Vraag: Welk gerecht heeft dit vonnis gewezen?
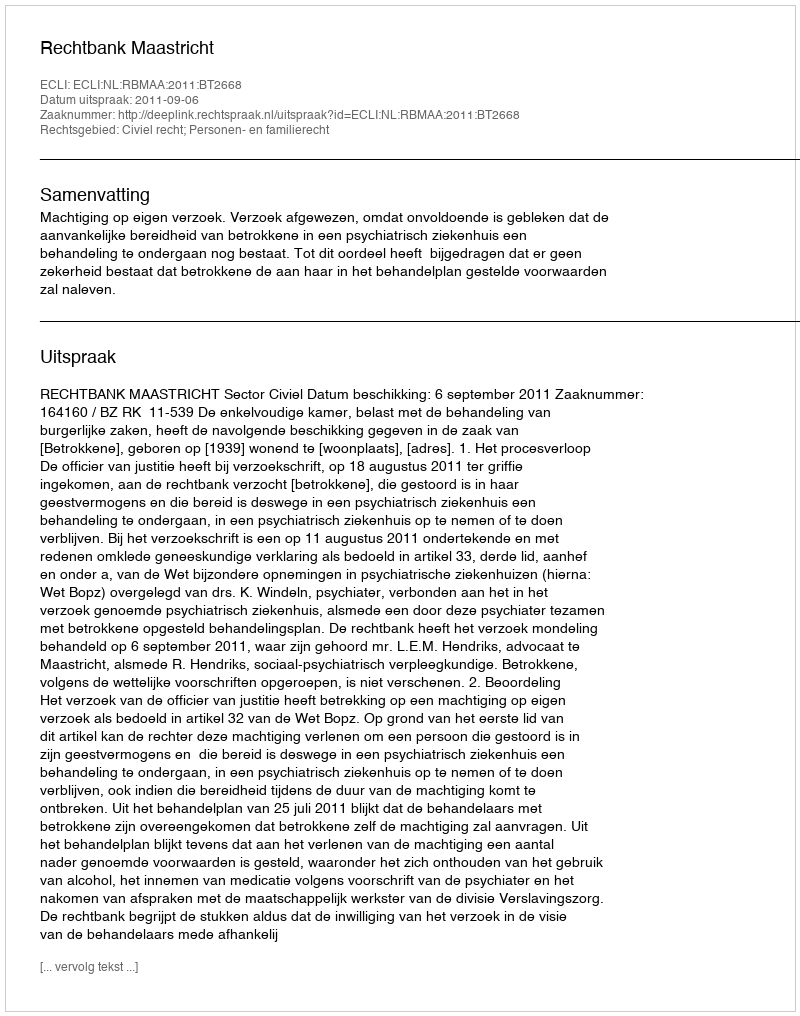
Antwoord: Rechtbank Maastricht